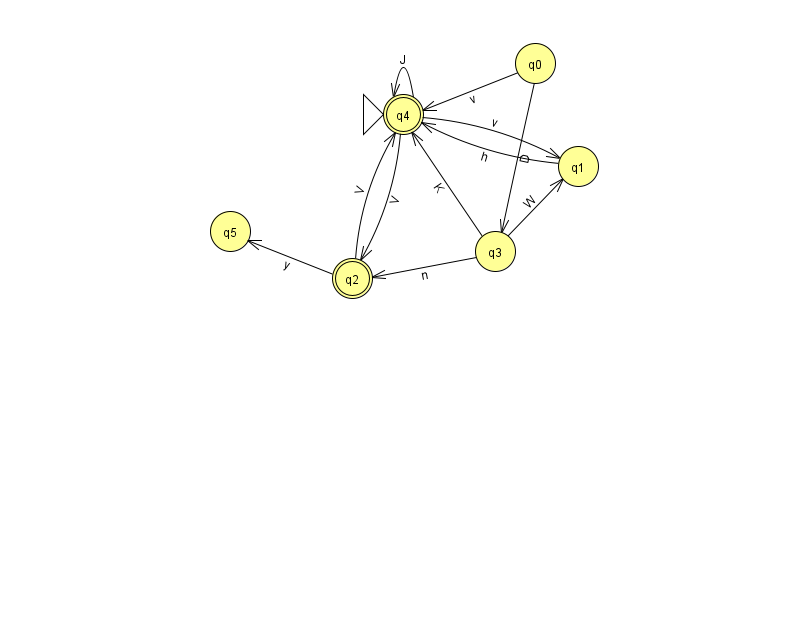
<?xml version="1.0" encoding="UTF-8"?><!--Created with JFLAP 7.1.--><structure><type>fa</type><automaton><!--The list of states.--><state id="0" name="q0"><x>535.0</x><y>50.0</y></state><state id="1" name="q1"><x>578.0</x><y>153.0</y></state><state id="2" name="q2"><x>352.0</x><y>265.0</y><final/></state><state id="3" name="q3"><x>495.0</x><y>238.0</y></state><state id="4" name="q4"><x>403.0</x><y>101.0</y><initial/><final/></state><state id="5" name="q5"><x>230.0</x><y>218.0</y></state><!--The list of transitions.--><transition><from>2</from><to>5</to><read>y</read></transition><transition><from>1</from><to>4</to><read>h</read></transition><transition><from>3</from><to>2</to><read>n</read></transition><transition><from>3</from><to>1</to><read>W</read></transition><transition><from>3</from><to>4</to><read>K</read></transition><transition><from>4</from><to>1</to><read>v</read></transition><transition><from>4</from><to>4</to><read>J</read></transition><transition><from>0</from><to>3</to><read>D</read></transition><transition><from>0</from><to>4</to><read>v</read></transition><transition><from>2</from><to>4</to><read>V</read></transition><transition><from>4</from><to>2</to><read>V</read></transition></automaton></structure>